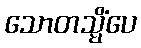
သောတသ္မိံပေ